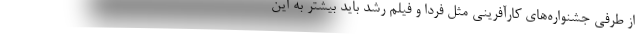
از طرفی جشنواره‌های کارآفرینی مثل فردا و فیلم رشد باید بیشتر به این